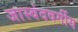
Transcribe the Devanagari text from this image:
जास्वंदवर्गीय